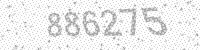
Solution: 886275